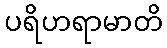
ပရိဟရာမာတိ